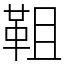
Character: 靻